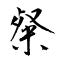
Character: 粲